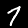
Digit: 7